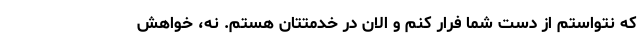
که نتواستم از دست شما فرار کنم و الان در خدمتتان هستم. نه، خواهش